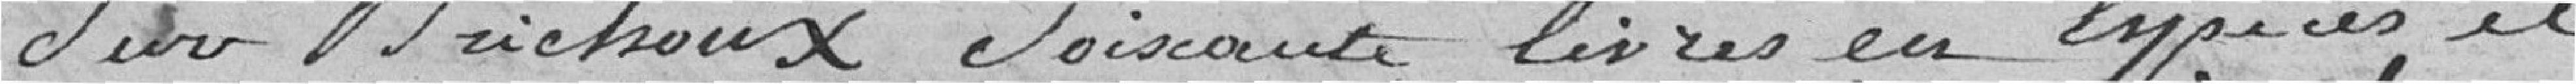
sur Brichoux, soixante livres en espèces et